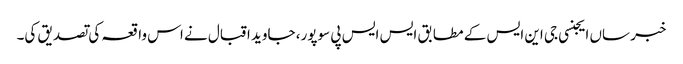
خبر ساں ایجنسی جی این ایس کے مطابق ایس ایس پی سوپور، جاوید اقبال نے اس واقعہ کی تصدیق کی۔